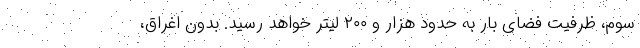
سوم، ظرفیت فضای بار به حدود هزار و ۲۰۰ لیتر خواهد رسید. بدون اغراق،